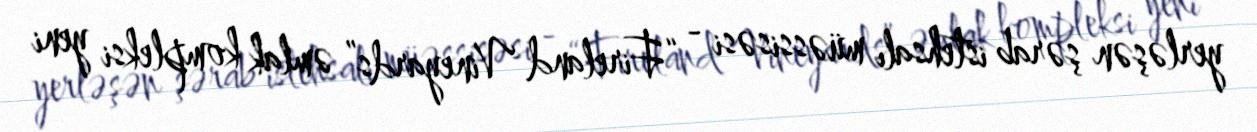
yerləşən şərab istehsalı müəssisəsi - “Fireland Vineyards” əmlak kompleksi yeni